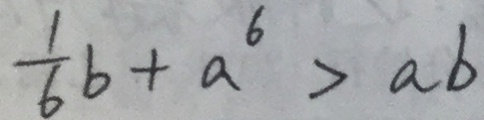
\frac { 1 } { 6 } b + a ^ { 6 } > a b